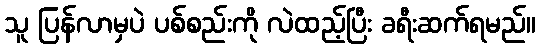
သူ ပြန်လာမှပဲ ပစ်စည်းကို လဲထည့်ပြီး ခရီးဆက်ရမည်။